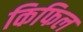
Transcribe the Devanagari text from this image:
किफिल